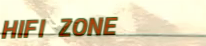
HIFI ZONE